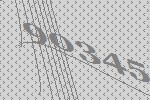
90345